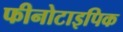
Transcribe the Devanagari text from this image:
फीनोटाइपिक